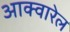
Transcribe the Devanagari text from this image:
आक्वारेल